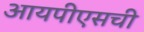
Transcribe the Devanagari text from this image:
आयपीएसची